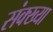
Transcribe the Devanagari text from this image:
संक्ख्या